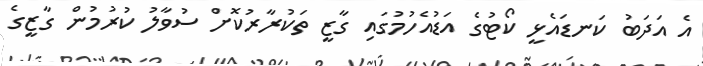
އެ އަދަބު ކަނޑައެޅީ ކޯޓުގެ އަޑުއެހުމުގައި ގާޒީ ތަކުރާރުކޮށް ސުވާލު ކުރުމުން ގާޒީގެ